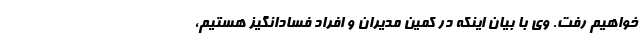
خواهیم رفت. وی با بیان اینکه در کمین مدیران و افراد فسادانگیز هستیم،